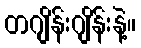
တဂျိန်းဂျိန်းနဲ့။